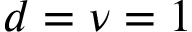
d = \nu = 1